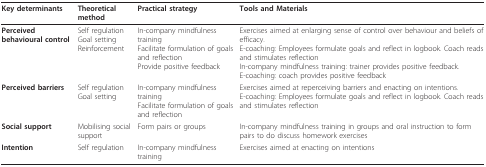
| Key determinants | Theoretical method | Practical strategy | Tools and Materials |
 | --- | --- | --- | --- |
 | Perceived behavioural control | Self regulationGoal settingReinforcement | In-company mindfulness trainingFacilitate formulation of goals and reflectionProvide positive feedback | Exercises aimed at enlarging sense of control over behaviour and beliefs of efficacy.E-coaching: Employees formulate goals and reflect in logbook. Coach reads and stimulates reflectionIn-company mindfulness training: trainer provides positive feedback.E-coaching: coach provides positive feedback |
 | Perceived barriers | Self regulationGoal setting | In-company mindfulness trainingFacilitate formulation of goals and reflection | Exercises aimed at reperceiving barriers and enacting on intentions.E-coaching: Employees formulate goals and reflect in logbook. Coach reads and stimulates reflection |
 | Social support | Mobilising social support | Form pairs or groups | In-company mindfulness training in groups and oral instruction to form pairs to do discuss homework exercises |
 | Intention | Self regulation | In-company mindfulness training | Exercises aimed at enacting on intentions |